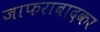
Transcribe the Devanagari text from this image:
जाफराबादकर